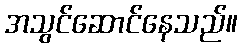
အသွင်ဆောင်နေသည်။